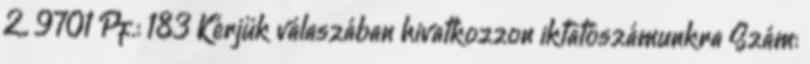
2., 9701 Pf.: 183 Kérjük válaszában hivatkozzon iktatószámunkra Szám: